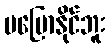
မပြောနိုင်ဘူး